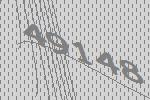
49148